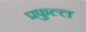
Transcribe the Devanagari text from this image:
प्रफुल्‍ल